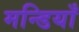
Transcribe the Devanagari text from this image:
मन्डियाँ